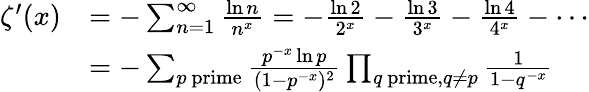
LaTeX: {\begin{array}{rl}{\zeta^{\prime}(x)}&{=-\sum_{n=1}^{\infty}{\frac{\ln n}{n^{x}}}=-{\frac{\ln 2}{2^{x}}}-{\frac{\ln 3}{3^{x}}}-{\frac{\ln 4}{4^{x}}}-\cdots}\\ &{=-\sum_{p{\mathrm{~prime}}}{\frac{p^{-x}\ln p}{(1-p^{-x})^{2}}}\prod_{q{\mathrm{~prime}},q\neq p}{\frac{1}{1-q^{-x}}}}\end{array}}